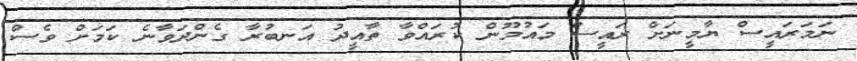
ނަމަރައީސް ޔާމީނަށް ރައީސް މައުމޫން ކުރައްވާ ތާއީދު އަނބުރާ ގެންދަވާނެ ކަމަށް ވެސް